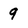
Character: 9